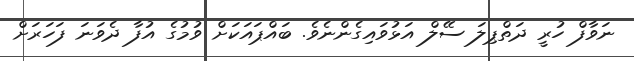
ނަވާފް ހުރީ ދަތްޕިލަ ސޭލް އަޅުވައިގެންނެވެ. ބައްޕައަކަށް ވުމުގެ އުފާ ދެވަނަ ފަހަރަށް